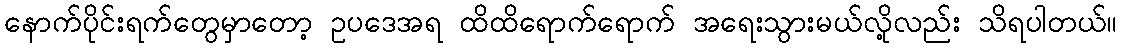
နောက်ပိုင်းရက်တွေမှာတော့ ဥပဒေအရ ထိထိရောက်ရောက် အရေးသွားမယ်လို့လည်း သိရပါတယ်။